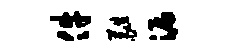
件蕤漏